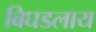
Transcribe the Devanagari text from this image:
बिघडलाय